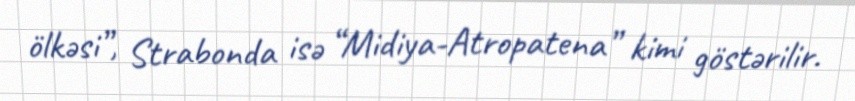
ölkəsi”, Strabonda isə “Midiya-Atropatena” kimi göstərilir.